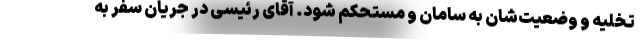
تخلیه و وضعیت‌شان به سامان و مستحکم شود. آقای رئیسی در جریان سفر به